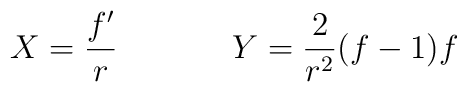
\begin{array}{cc}X=\displaystyle{\frac{f^{\prime}}{r}}~~~~&~~~~Y=\displaystyle{\frac{2}{r^{2}}}(f-1)f\end{array}